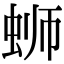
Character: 蛳